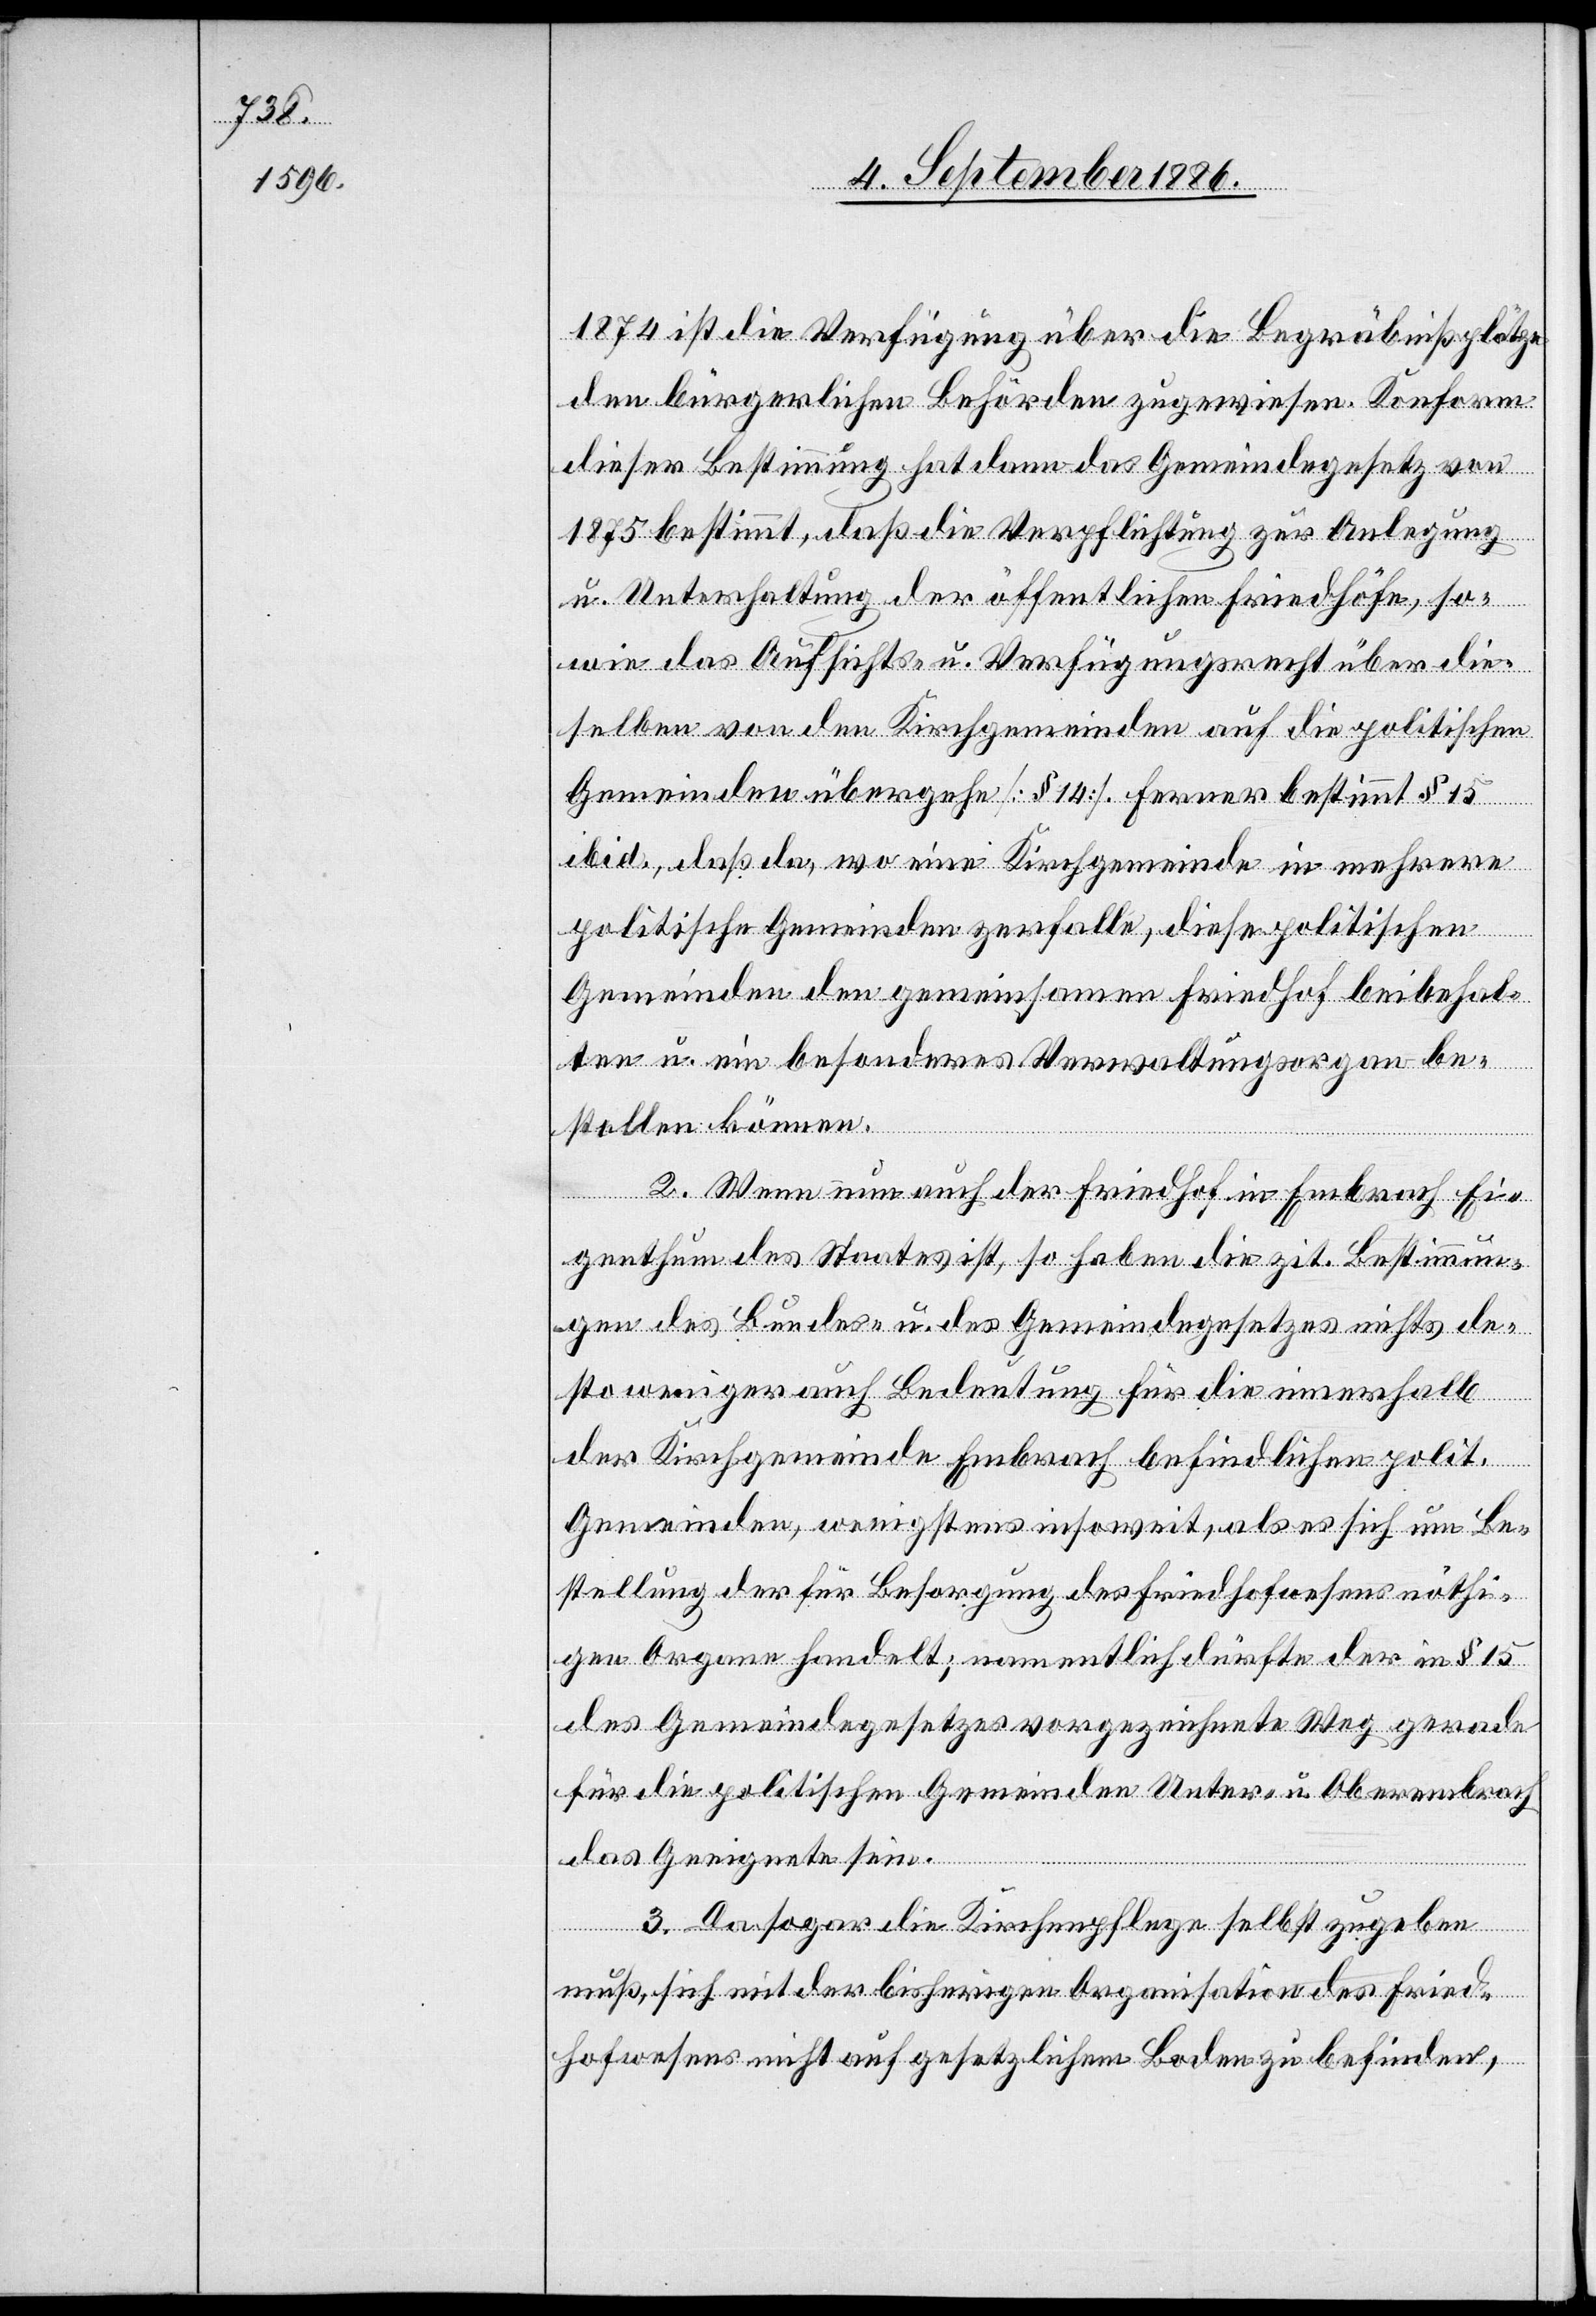
1874 ist die Verfügung über die Begräbnißplätze
den bürgerlichen Behörden zugewiesen. Konform
dieser Bestimmung hat dann das Gemeindegesetz von
1875 bestimmt, daß die Verpflichtung zur Anlegung
u. Unterhaltung der öffentlichen Friedhöfe, so¬
wie das Aufsichts- u. Verfügungsrecht über die¬
selben von den Kirchgemeinden auf die politischen
Gemeinden übergehe [§ 14]. Ferner bestimmt § 15
ibid., daß da, wo eine Kirchgemeinde in mehrere
politische Gemeinden zerfalle, diese politischen
Gemeinden den gemeinsamen Friedhof beibehal¬
ten u. ein besonderes Verwaltungsorgan be¬
stellen können.
2. Wenn nun auch der Friedhof in Embrach Ei¬
genthum des Staates ist, so haben die zit. Bestimmun¬
gen des Bundes u. des Gemeindegesetzes nichts de¬
sto weniger auch Bedeutung für die innerhalb
der Kirchgemeinde Embrach befindlichen polit.
Gemeinden, wenigstens insoweit, als es sich um Be¬
stellung der für Besorgung des Friedhofwesens nöthi¬
gen Organe handelt; namentlich dürfte der in § 15
des Gemeindegesetzes vorgezeichnete Weg gerade
für die politischen Gemeinden Unter- u. Oberembrach
das Geeignete sein.
3. Da sogar die Kirchenpflege selbst zugeben
muß, sich mit der bisherigen Organisation des Fried¬
hofwesens nicht auf gesetzlichem Boden zu befinden,